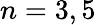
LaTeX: n=3,5